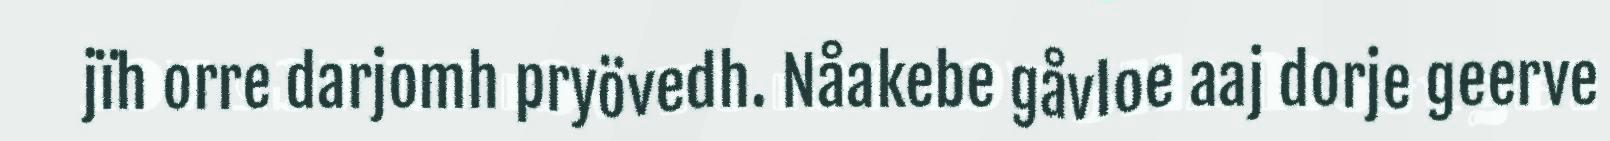
jïh orre darjomh pryövedh. Nåakebe gåvloe aaj dorje geerve